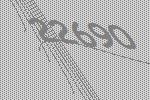
22690